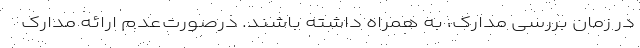
در زمان بررسی مدارک، به همراه داشته باشند. درصورت‌عدم ارائه مدارک